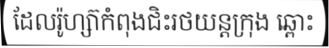
ដែលរ៉ូហ្ស៊ាកំពុងជិះរថយន្តក្រុង ឆ្ពោះ